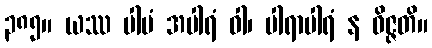
၃၈၅။ ယဿ ပါပံ အပါရံ ဝါ၊ ပါရာပါရံ န ဝိဇ္ဇတိ။